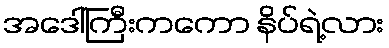
အဒေါ်ကြီးကကော နိပ်ရဲ့လား